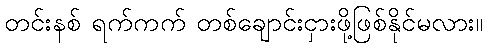
တင်းနစ် ရက်ကက် တစ်ချောင်းငှားဖို့ဖြစ်နိုင်မလား။